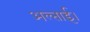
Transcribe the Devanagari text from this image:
अल्ताई।